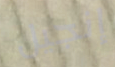
إنجيل